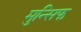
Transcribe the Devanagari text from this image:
मुन्सिफ